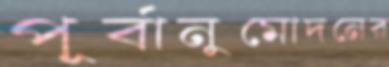
পূর্বানুমোদনের